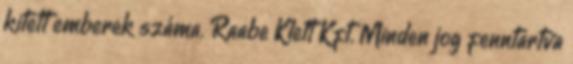
kitett emberek száma. Raabe Klett Kft. Minden jog fenntartva